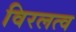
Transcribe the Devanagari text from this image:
विरलत्व